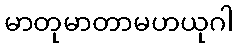
မာတုမာတာမဟယုဂါ